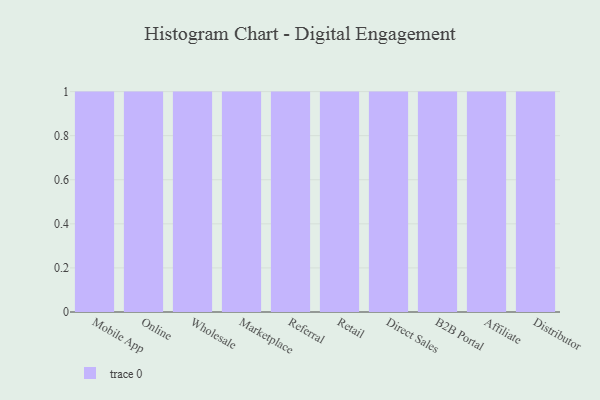
{"axis": {"x": "Channel", "y": "Market Share (%)"}, "legend": [""], "data": [{"x": "Mobile App", "y": 47, "type": ""}, {"x": "Online", "y": 60, "type": ""}, {"x": "Wholesale", "y": 82, "type": ""}, {"x": "Marketplace", "y": 17, "type": ""}, {"x": "Referral", "y": 37, "type": ""}, {"x": "Retail", "y": 71, "type": ""}, {"x": "Direct Sales", "y": 38, "type": ""}, {"x": "B2B Portal", "y": 12, "type": ""}, {"x": "Affiliate", "y": 67, "type": ""}, {"x": "Distributor", "y": 52, "type": ""}]}